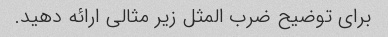
برای توضیح ضرب المثل زیر مثالی ارائه دهید.